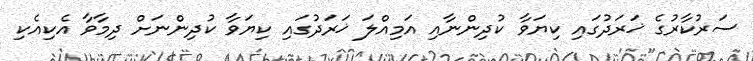
ސަރުކާރުގެ ޚަރަދުގައި ކިޔަވާ ކުދިންނާއި އަމިއްލަ ޚަރަދުގައި ކިޔަވާ ކުދިންނަށް ދިމާވާ އެކިއެކި